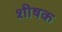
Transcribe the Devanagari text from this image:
शीषक